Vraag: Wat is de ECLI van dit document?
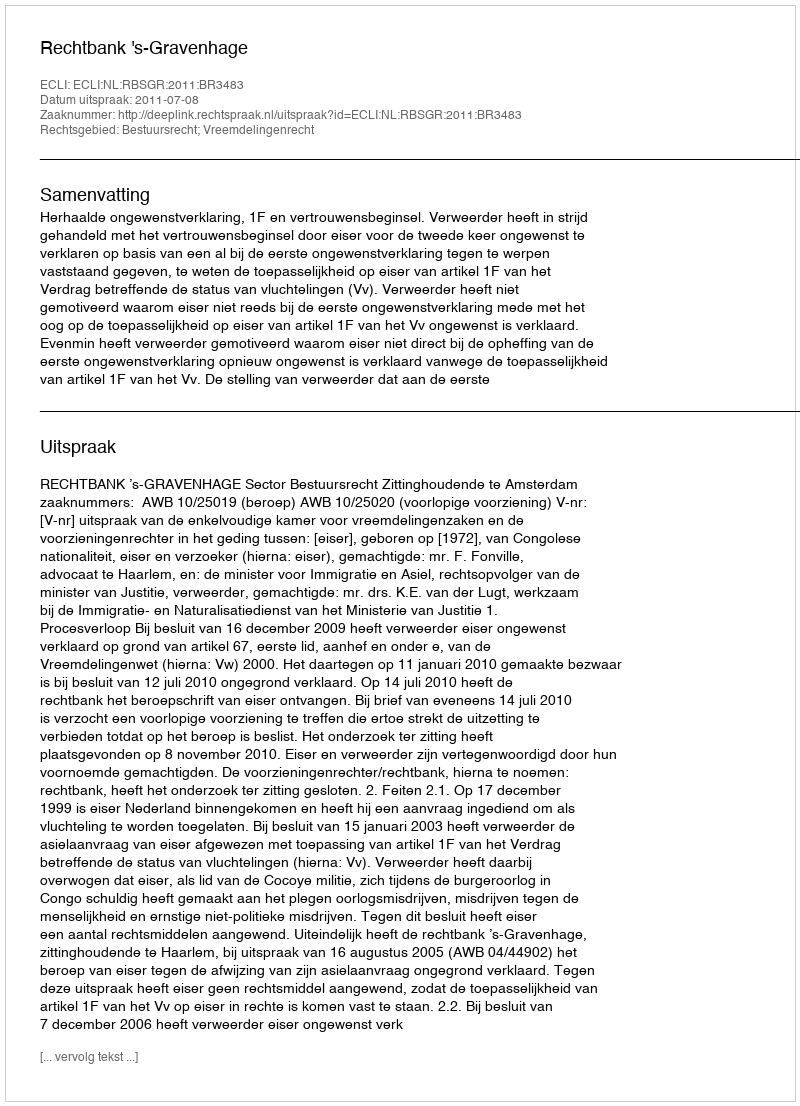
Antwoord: ECLI:NL:RBSGR:2011:BR3483